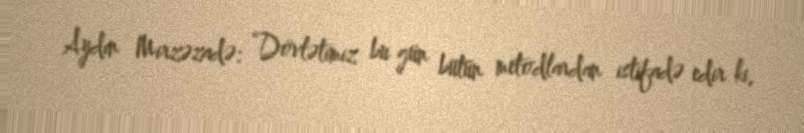
Aydın Mirzəzadə: “Dövlətimiz bu gün bütün metodlardan istifadə edir ki,